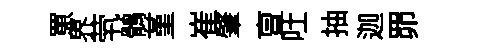
罳界茕鶻堇崔肇亶吐抽迦𦊑